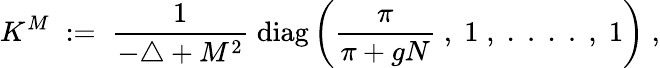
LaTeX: K^{M}\; :=\; \frac{1}{-\triangle+M^{2}}\; \mathrm{diag}\left(\frac{\pi}{\pi+gN}\; ,\; 1\; ,\; .\; .\; .\; .\; ,\; 1\right)\; ,